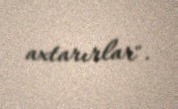
axtarırlar".